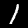
Label: 1